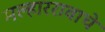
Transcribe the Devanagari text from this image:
मल्हाररावाचे